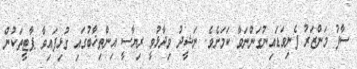
ސާފު މަންޒަރު ފެނިވަޑައިނުގަންނަވާ ކަމަށެވެ. ނަޝީދު ވިދާޅުވީ ރިޔާސީ އިންތިޚާބުގައި ގުޅިފައިވާ ޕާޓީތަކުން